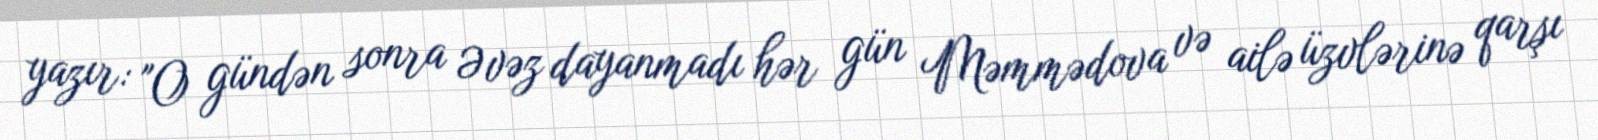
yazır: "O gündən sonra Əvəz dayanmadı hər gün Məmmədova və ailə üzvlərinə qarşı